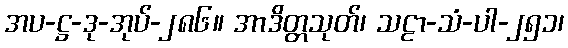
အပ-ဋ္ဌ-ဒု-အုပ်-၂၈၆။ အာဒိတ္တသုတ်၊ သဠာ-သံ-ပါ-၂၅၁၊